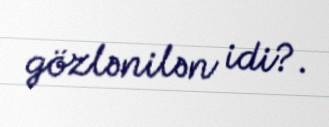
gözlənilən idi?.